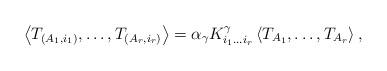
LaTeX: \begin{align*}\left\langle T_{(A_{1},i_{1})},\ldots,T_{(A_{r},i_{r})}\right\rangle=\alpha_{\gamma}K_{i_{1}\ldots i_{r}}^{\gamma}\left\langle T_{A_{1}},\ldots,T_{A_{r}}\right\rangle , \end{align*}